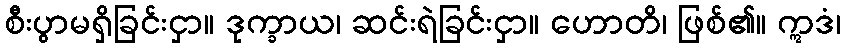
စီးပွာမရှိခြင်းငှာ။ ဒုက္ခာယ၊ ဆင်းရဲခြင်းငှာ။ ဟောတိ၊ ဖြစ်၏။ ဣဒံ၊